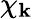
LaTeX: \chi_{\mathbf{k}}